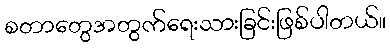
စတာတွေအတွက်ရေးသားခြင်းဖြစ်ပါတယ်။